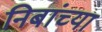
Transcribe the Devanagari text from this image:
निबांच्या